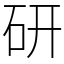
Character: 研